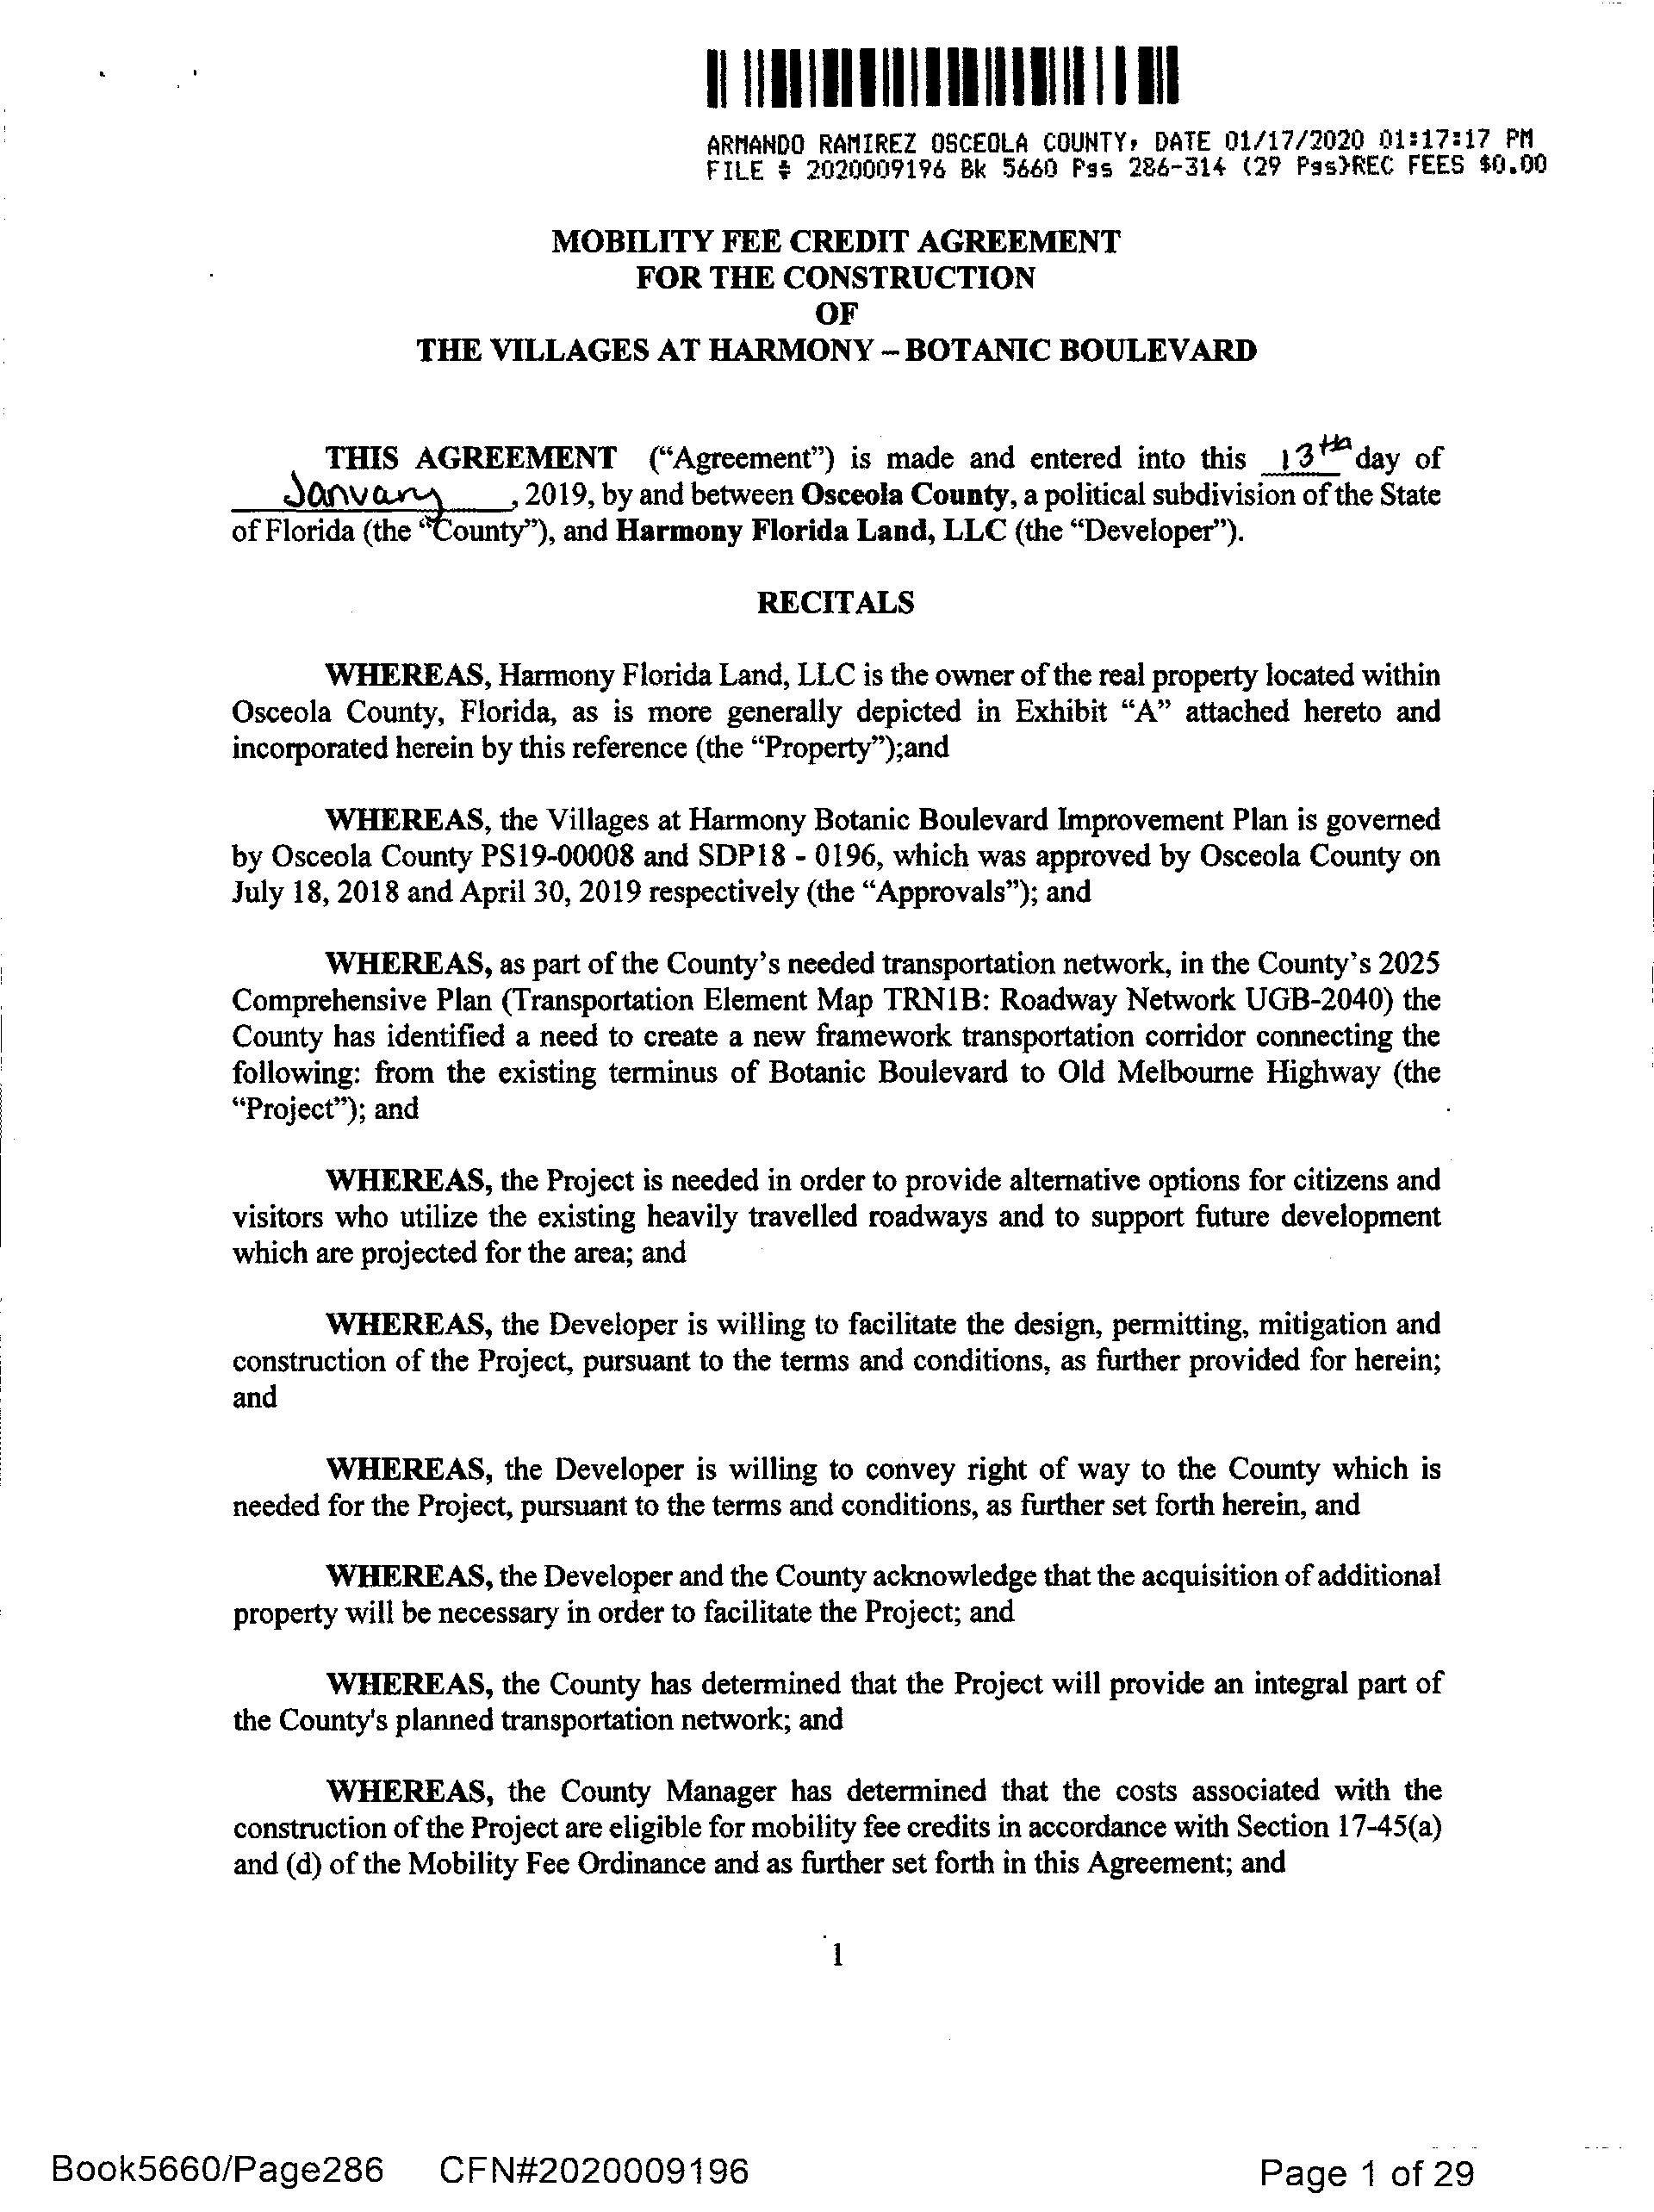
IllIll
 II II        II I111111111111111
 ARMANDO RAMIREZ  OSCEOLA  COUNTY, DATE 01/17/2020  01:17:17  PM
 FILE t 2020009196  Bk 5660  P9s 286-314  (29 Pgs}REC  FEES $0.00
 MOBILITY     FEE  CREDIT    AGREEMENT
 FOR   THE   CONSTRUCTION
 OF
 THE   VILLAGES     AT  HARMONY      - BOTANIC     BOULEVARD
 THIS   AGREEMENT         ("Agreement")   is ·m ade and entered into this  1'3 tJ:lday of
 joov~             ,
 2019, by and between Osceola County,  a political subdivision ofthe State
 ofFlorida (the ' ounty"), and Harmony   Florida Land,  LLC  (the "Developer").
 RECITALS
 WHEREAS,      Harmony  Florida Land, LLC  is the owner ofthe real property located within
 Osceola  County,  Florida, as is more generally depicted in Exhibit "A"  attached  hereto and
 incorporated herein by this reference (the "Property");and
 WHEREAS,      the Villages at Harmony Botanic Boulevard  Improvement  Plan is governed
 by Osceola  County PS19 ..00008 and SDP18   - 0196, which was approved by  Osceola County  on
 July 18, 2018 and April 30, 2019 respectively (the "Approvals"); and
 WHEREAS,      as part ofthe County's needed transportation network, in the County's 2025
 Comprehensive   Plan (Transportation Element Map  TRNlB:   Roadway   Network  UGB-2040)   the
 County  has identified a need to create a new framework transportation corridor connecting the
 following: from  the existing terminus of Botanic Boulevard  to Old Melbourne   Highway  (the
 "Project"); and
 WHEREAS,      the Project is needed in order to provide alternative options for citizens and
 visitors who utilize the existing heavily travelled roadways and to support future development
 which  are projected for the area; and
 WHEREAS,      the Developer is willing to facilitate the design, permitting, mitigation and
 construction of the Project, pursuant to the terms and conditions, as further provided for herein;
 and
 WHEREAS,      the Developer  is willing to convey right of way to the County  which  is
 needed  for the Project, pursuant to the terms and conditions, as further set forth herein, and
 WHEREAS,      the Developer and the County acknowledge  that the acquisition ofadditional
 property will be necessary in order to facilitate the Project; and
 WHEREAS,      the County has determined  that the Project will provide an integral part of
 the County's planned transportation network; and
 WHEREAS,      the County  Manager   has determined  that the costs associated with the
 construction ofthe Project are eligible for mobility fee credits in accordance with Section 17-45(a)
 and (d) ofthe Mobility Fee Ordinance and as further set forth in this Agreement; and
 l
 Book5660/Page286              CFN#2020009196                                                 Page    1 of  29